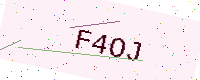
Text: F4OJ